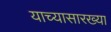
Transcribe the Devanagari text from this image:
याच्यासारख्या